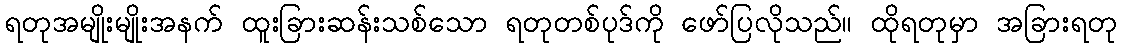
ရတုအမျိုးမျိုးအနက် ထူးခြားဆန်းသစ်သော ရတုတစ်ပုဒ်ကို ဖော်ပြလိုသည်။ ထိုရတုမှာ အခြားရတု